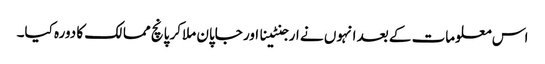
اس معلومات کے بعد انہوں نے ارجنٹینا اور جاپان ملاکر پانچ ممالک کا دورہ کیا۔